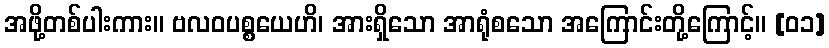
အဖို့တစ်ပါးကား။ ဗလဝပစ္စယေဟိ၊ အားရှိသော အာရုံစသော အကြောင်းတို့ကြောင့်။ [၀၁]